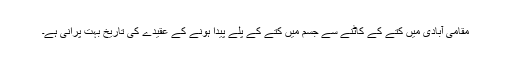
مقامی آبادی میں کتے کے کاٹنے سے جسم میں کتے کے پلے پیدا ہونے کے عقیدے کی تاریخ بہت پرانی ہے۔